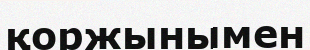
қоржынымен